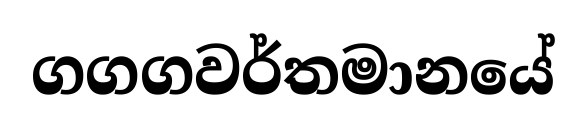
ගගගවර්තමානයේ